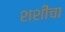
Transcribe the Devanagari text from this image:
शशीचा